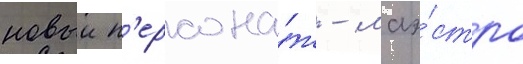
новыи п'ерсона́ж - маэ́стро